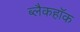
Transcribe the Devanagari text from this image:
ब्लैकहॉक